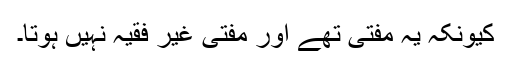
کیونکہ یہ مفتی تھے اور مفتی غیر فقیہ نہیں ہوتا۔